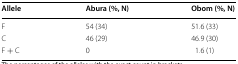
| Allele | Abura (%, N) | Obom (%, N) |
 | --- | --- | --- |
 | F | 54 (34) | 51.6 (33) |
 | C | 46 (29) | 46.9 (30) |
 | F + C | 0 | 1.6 (1) |